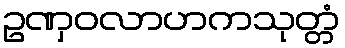
ဥဏှဝလာဟကသုတ္တံ